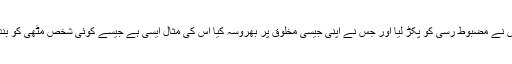
بے شک جس نے اللہ پاک کی ذات پر بھروسہ ( توکل) کیا اس نے مضبوط رسی کو پکڑ لیا اور جس نے اپنی جیسی مخلوق پر بھروسہ کیا اس کی مثال ایسی ہے جیسے کوئی شخص مٹھی کو بند کرے اور ہاتھ کو کھولے تو اسے ہاتھ میں کچھ نظر نہ آئے۔